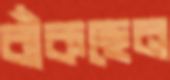
বাঁকছেন